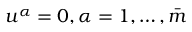
u ^ { \alpha } = 0 , \alpha = 1 , \ldots , \bar { m }